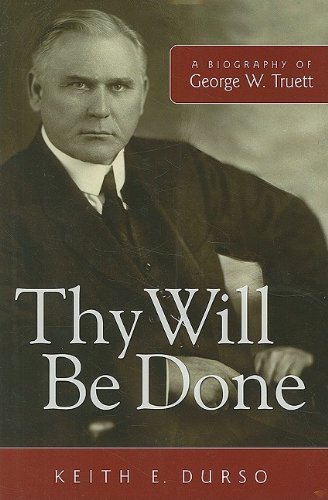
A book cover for Thy Will Be Done: A Biography of George W. Truett; Keith E. Durso; Christian Books & Bibles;